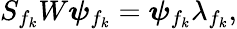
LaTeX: S_{f_{k}}W\boldsymbol\psi_{f_{k}}=\boldsymbol\psi_{f_{k}}\lambda_{f_{k}},